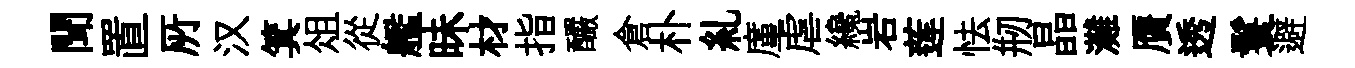
聞置𠩄汉箕俎從艦昧材指釅倉朴糺廑虐纔岩莲怯剏晶灘贋透鬟避